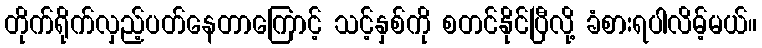
တိုက်ရိုက်လှည့်ပတ်နေတာကြောင့် သင့်နှစ်ကို စတင်နိုင်ပြီလို့ ခံစားရပါလိမ့်မယ်။